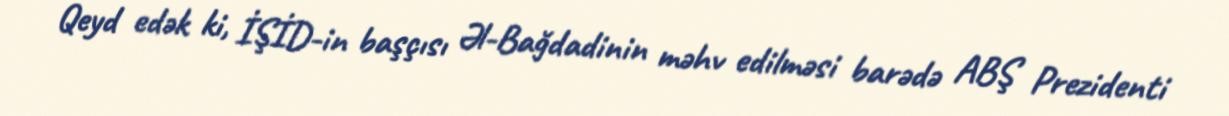
Qeyd edək ki, İŞİD-in başçısı Əl-Bağdadinin məhv edilməsi barədə ABŞ Prezidenti